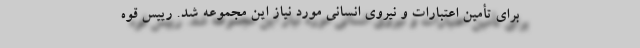
برای تأمین اعتبارات و نیروی انسانی مورد نیاز این مجموعه شد. رییس قوه